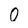
Character: O